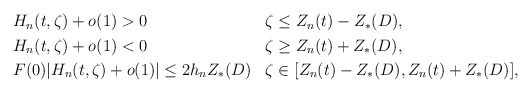
\begin{align*}\begin{aligned}& H_n(t,\zeta)+o(1)>0 & & \zeta\le Z_n(t)-Z_*(D),\\& H_n(t,\zeta)+o(1)<0 & & \zeta\ge Z_n(t)+Z_*(D),\\& F(0)|H_n(t,\zeta)+o(1)|\le 2 h_n Z_*(D) & & \zeta\in[Z_n(t)-Z_*(D),Z_n(t)+Z_*(D)],\\\end{aligned}\end{align*}